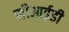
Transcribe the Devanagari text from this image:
सीआई़डी